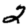
Digit: 2